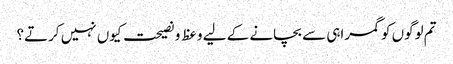
تم لوگوں کو گمراہی سے بچانے کے لیے وعظ و نصیحت کیوں نہیں کرتے؟